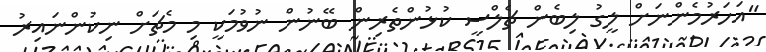
"އަހަރުމެންނަށް ލީގު ލިބެން ޗެލްސީ ކުޅުންތެރިން ބޭނުން ނުވުމަކީ މި މެޗަށް ނިކުންނައިރު